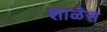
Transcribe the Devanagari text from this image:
शाळेस